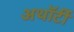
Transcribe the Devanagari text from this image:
अथॉर्टी